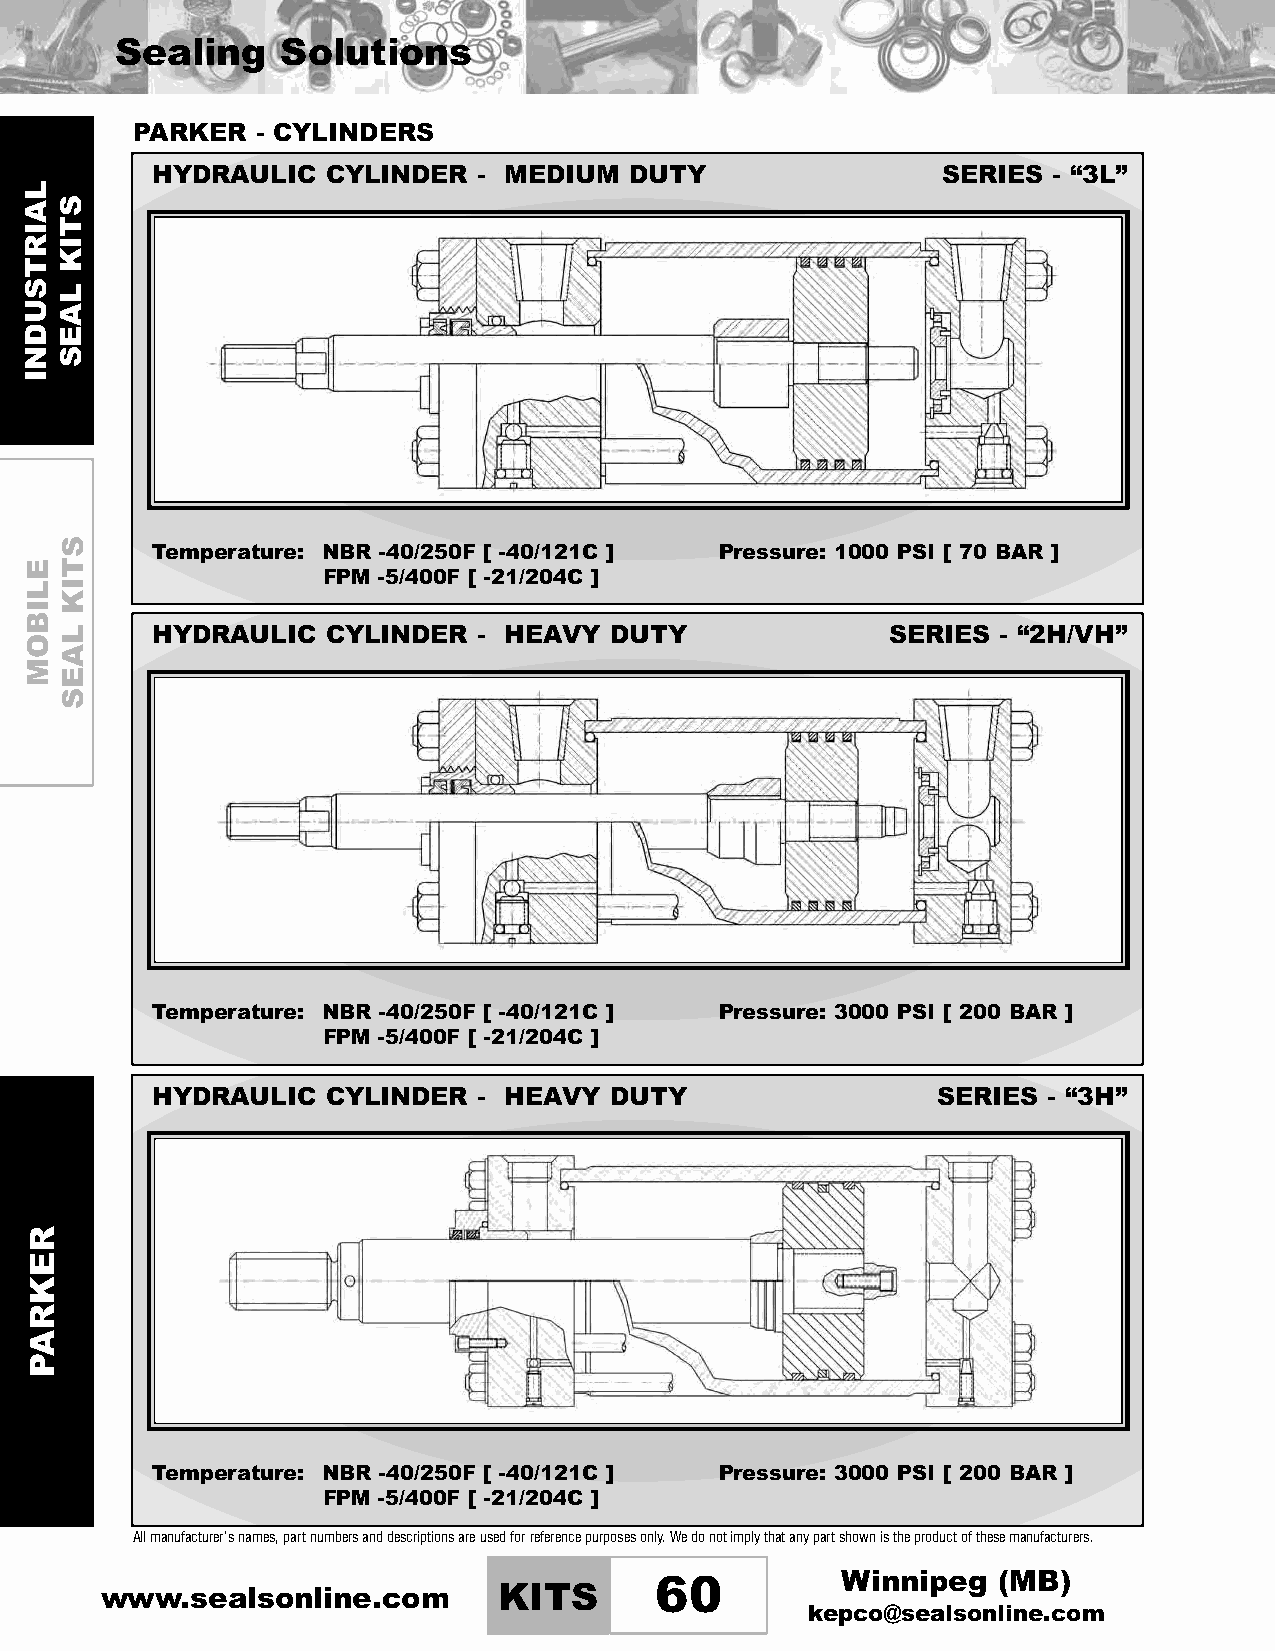
Sealing    Solutions
 PARKER  - CYLINDERS
 HYDRAULIC   CYLINDER  - MEDIUM  DUTY                SERIES  - “3L”
 Temperature: NBR -40/250F [ -40/121C ] Pressure: 1000 PSI [ 70 BAR ]
 FPM -5/400F [ -21/204C ]
 HYDRAULIC   CYLINDER  - HEAVY DUTY               SERIES - “2H/VH”
 Temperature: NBR -40/250F [ -40/121C ] Pressure: 3000 PSI [ 200 BAR ]
 FPM -5/400F [ -21/204C ]
 HYDRAULIC   CYLINDER  - HEAVY DUTY                  SERIES - “3H”
 Temperature: NBR -40/250F [ -40/121C ] Pressure: 3000 PSI [ 200 BAR ]
 FPM -5/400F [ -21/204C ]
 Allmanufacturer’snames,partnumbersanddescriptionsareusedforreferencepurposesonly.Wedonotimplythatanypartshownistheproductofthesemanufacturers.
 Winnipeg  (MB)
 www.sealsonline.com       KITS      60
 kepco@sealsonline.com
 LAIRTSUDNI
 ELIBOM
 REKRAP
 STIK
 LAES
 STIK
 LAES